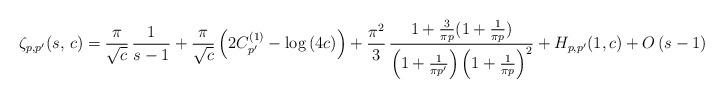
LaTeX: \begin{align*}\zeta_{p,p^{\prime}}(s,\,c)=\frac{\pi}{\sqrt{c}}\,\frac{1}{s-1}+\frac{\pi}{\sqrt{c}}\left(2C_{p^{\prime}}^{(1)}-\log\left(4c\right)\right)+\frac{\pi^{2}}{3}\,\frac{1+\frac{3}{\pi p}(1+\frac{1}{\pi p})}{\left(1+\frac{1}{\pi p^{\prime}}\right)\left(1+\frac{1}{\pi p}\right)^{2}}+H_{p,p^{\prime}}(1,c)+O\left(s-1\right)\end{align*}